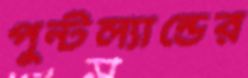
পুন্টল্যান্ডের